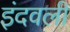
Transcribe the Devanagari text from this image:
इंदवली